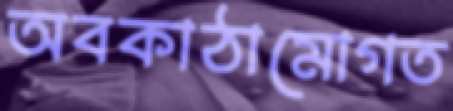
অবকাঠামোগত